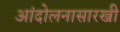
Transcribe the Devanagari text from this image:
आंदोलनासारखी